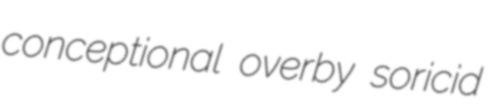
conceptional overby soricid